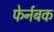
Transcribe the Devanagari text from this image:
फेर्नबक